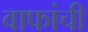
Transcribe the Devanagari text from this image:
वाफांची